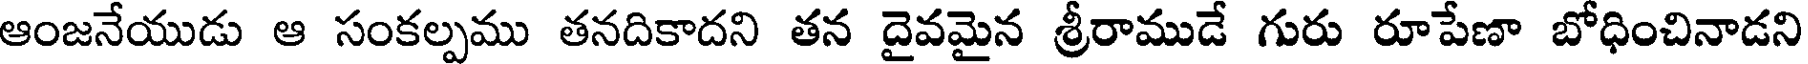
ఆంజనేయుడు ఆ సంకల్పము తనదికాదని తన దైవమైన శ్రీరాముడే గురు రూపేణా బోధించినాడని